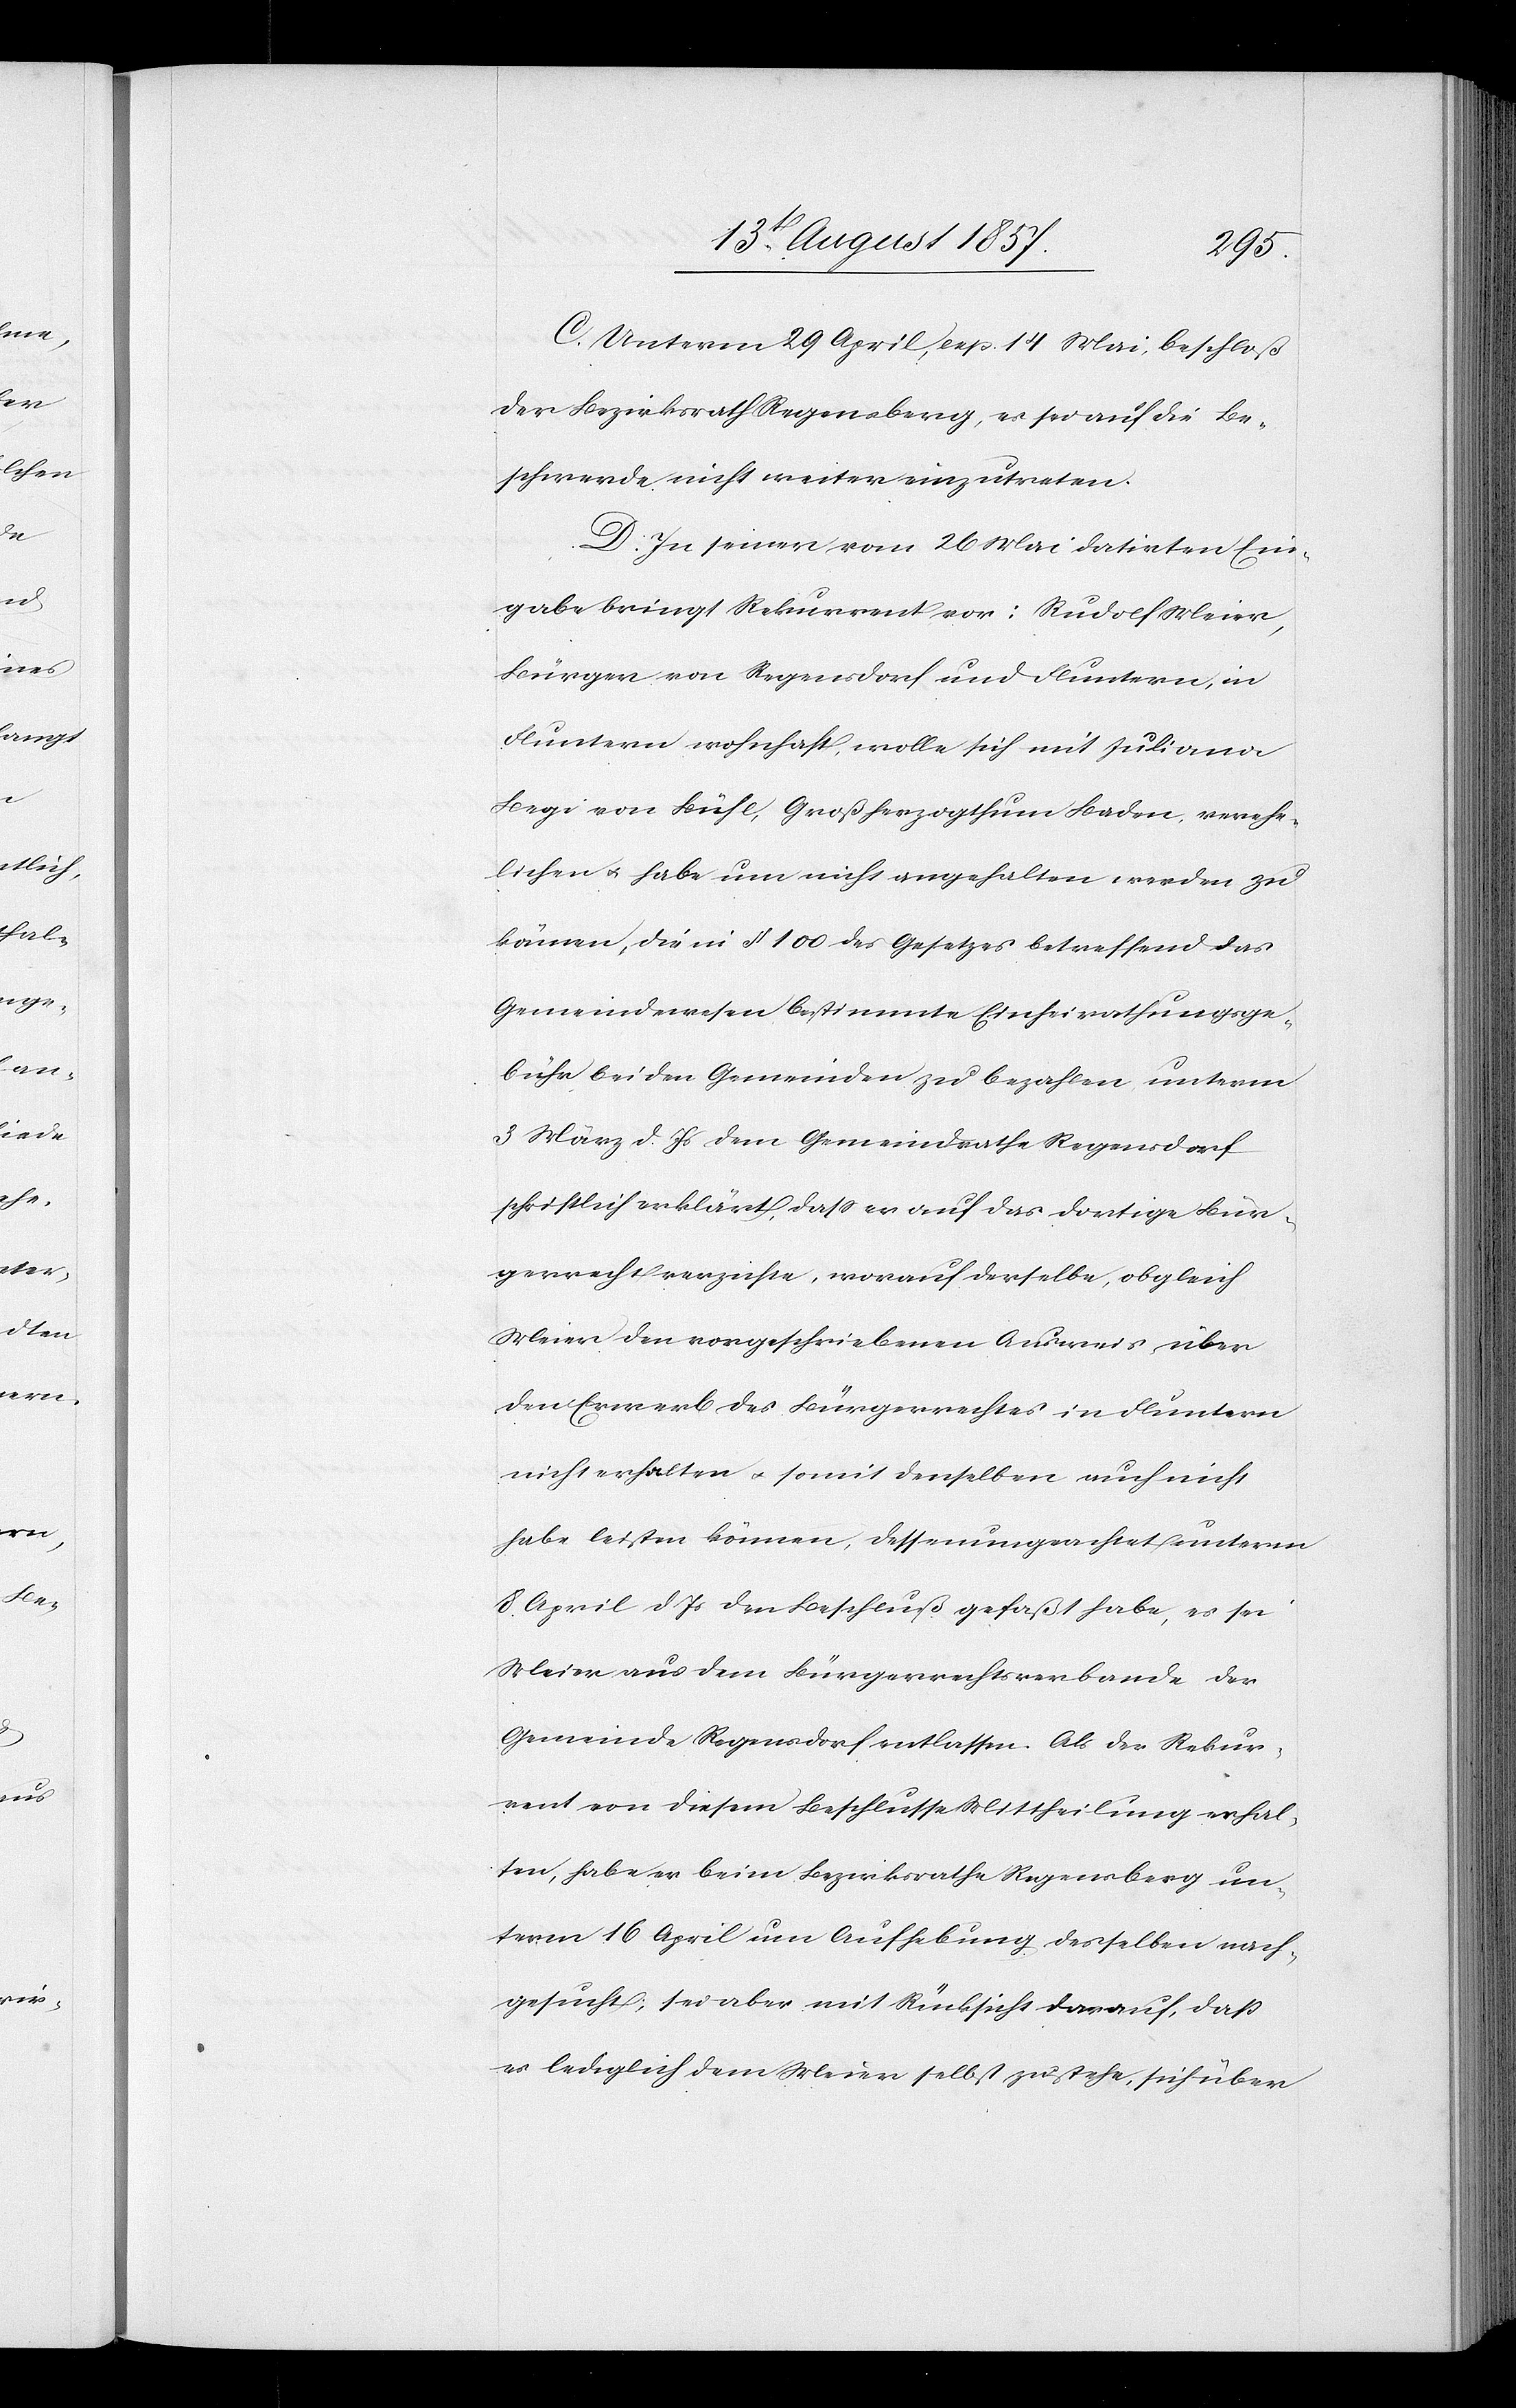
C. Unterm 29 April, resp. 14 Mai, beschloß
der Bezirksrath Regensberg, es sei auf die Be¬
schwerde nicht weiter einzutreten.
D. In seiner vom 26 Mai datirten Ein¬
gabe bringt Rekurrent vor: Rudolf Meier,
Bürger von Regensdorf und Fluntern, in
Fluntern wohnhaft, wolle sich mit Juliana
Begi von Bühl, Großherzogthum Baden, verehe¬
lichen & habe um nicht angehalten werden zu
können, die in § 100 des Gesetzes betreffend das
Gemeindewesen bestimmte Einheirathungsge¬
bühr bei den Gemeinden zu bezahlen, unterm
3 März d. Js. dem Gemeindrathe Regensdorf
schriftlich erklärt, daß er auf das dortige Bür¬
gerrecht verzichte, worauf derselbe, obgleich
Meier den vorgeschriebenen Ausweis über
den Erwerb des Bürgerrechtes in Fluntern
nicht erhalten & somit denselben auch nicht
habe leisten können, dessenungeachtet unterm
8 April d. Js. den Beschluß gefaßt habe, es sei
Meier aus dem Bürgerrechtsverbande der
Gemeinde Regensdorf entlassen. Als der Rekur¬
rent von diesem Beschlusse Mittheilung erhal¬
ten, habe er beim Bezirksrathe Regensberg un¬
term 16 April um Aufhebung desselben nach¬
gesucht, sei aber mit Rücksicht darauf, daß
es lediglich dem Meier selbst zustehe, sich über